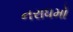
નરાધમો